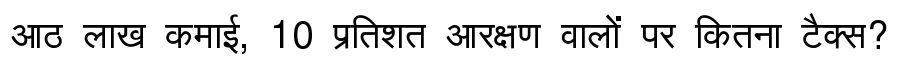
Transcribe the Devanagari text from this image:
आठ लाख कमाई, 10 प्रतिशत आरक्षण वालों पर कितना टैक्स?